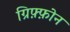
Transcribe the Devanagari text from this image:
ग्रिफ़्फ़ोन